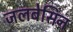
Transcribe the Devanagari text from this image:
जलबेसिन